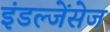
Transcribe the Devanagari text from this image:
इंडल्जेंसेज